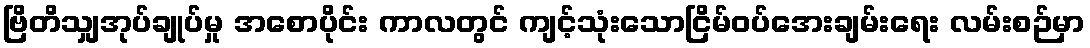
ဗြိတိသျှအုပ်ချုပ်မှု အစောပိုင်း ကာလတွင် ကျင့်သုံးသောငြိမ်ဝပ်အေးချမ်းရေး လမ်းစဉ်မှာ